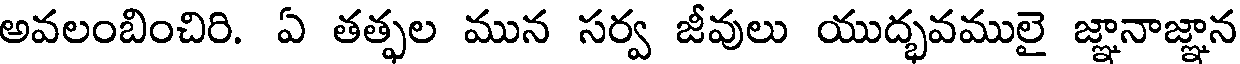
అవలంబించిరి. ఏ తత్ఫల మున సర్వ జీవులు యుద్భవములై జ్ఞానాజ్ఞాన